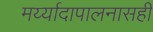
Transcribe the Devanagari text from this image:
मर्य्यादापालनासही